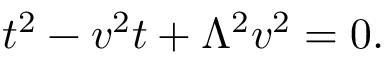
t ^ { 2 } - v ^ { 2 } t + \Lambda ^ { 2 } v ^ { 2 } = 0 .